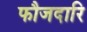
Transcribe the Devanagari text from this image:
फौजदारि